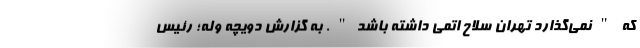
که "نمی‌گذارد تهران سلاح اتمی داشته باشد". به گزارش دویچه وله؛ رئیس